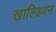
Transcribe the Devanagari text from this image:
खाल्डियन